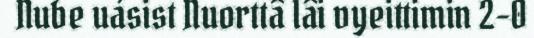
Nube uásist Nuorttâ lâi vyeittimin 2–0